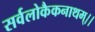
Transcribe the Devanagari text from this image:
सर्वलोकैकनाथम्।।